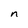
Character: n